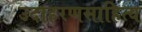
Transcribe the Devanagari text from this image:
उदाहरणसाहित्य